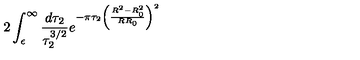
2 \int _ { \epsilon } ^ { \infty } \frac { d \tau _ { 2 } } { \tau _ { 2 } ^ { 3 / 2 } } e ^ { - \pi \tau _ { 2 } \left( \frac { R ^ { 2 } - R _ { 0 } ^ { 2 } } { R R _ { 0 } } \right) ^ { 2 } }